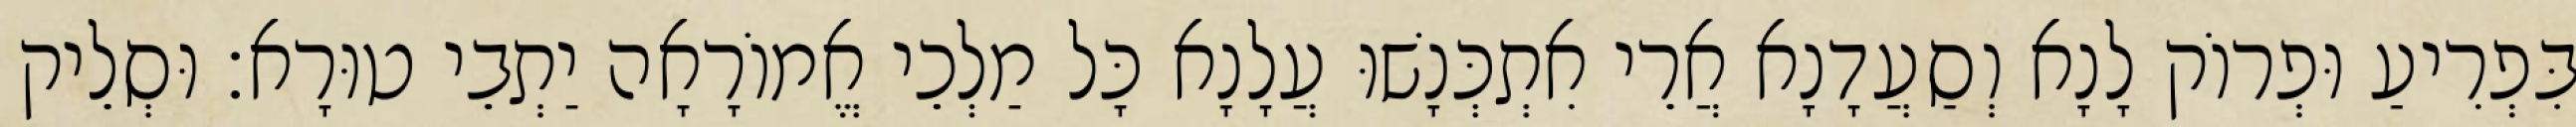
בִּפְרִיעַ וּפְרוֹק לָנָא וְסַעֲדָנָא אֲרֵי אִתְכְּנָשׁוּ עֲלָנָא כָּל מַלְכֵי אֱמוֹרָאָה יַתְבֵי טוּרָא׃ וּסְלֵיק